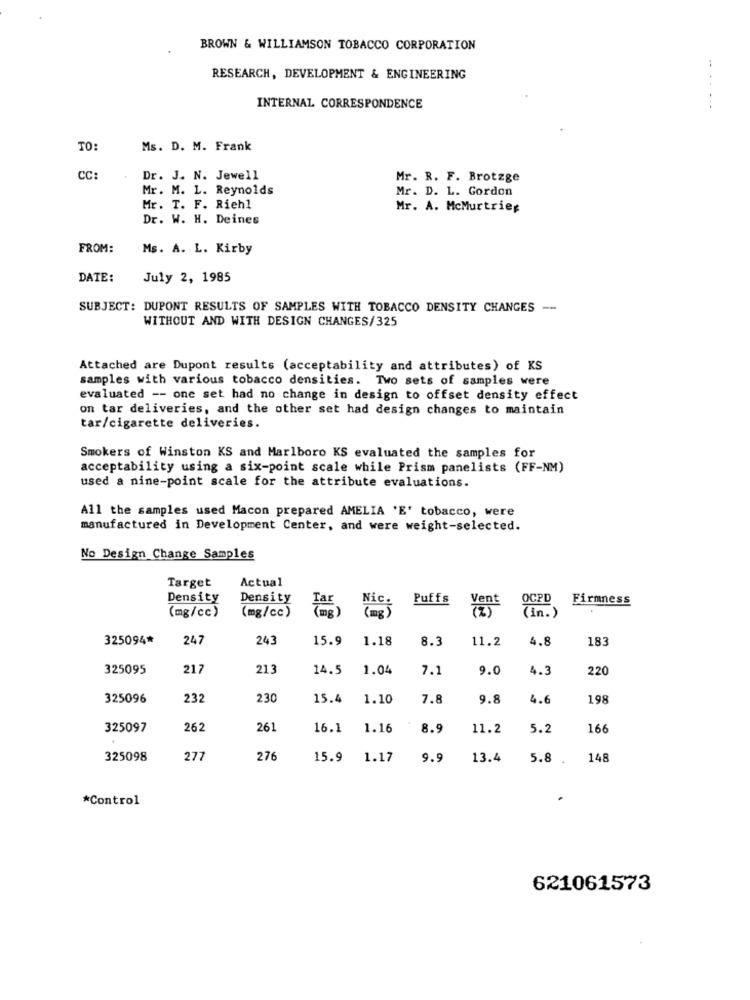
BROWN & WILLIAMSON TOBACCO CORPORATION
RESEARCH, DEVELOPMENT & ENGINEERING
:
INTERNAL CORRESPONDENCE
TO:
Ms. D. M. Frank
CC:
Dr. J. N. Jewell
Mr. R. F. Brotzge
Mr. M. L. Reynolds
Mr. D. L. Gordon
Mr. T. F. Riehl
Mr. A. McMurtries
Dr. W. H. Deines
FROM:
Ms. A. L. Kirby
DATE:
July 2, 1985
SUBJECT: DUPONT RESULTS OF SAMPLES WITH TOBACCO DENSITY CHANGES --
WITHOUT AND WITH DESIGN CHANGES/325
Attached are Dupont results (acceptability and attributes) of KS
samples with various tobacco densities. Two sets of samples were
evaluated -- one set had no change in design to offset density effect
on tar deliveries, and the other set had design changes to maintain
tar/cigarette deliveries.
Smokers of Winston KS and Marlboro KS evaluated the samples for
acceptability using a six-point scale while Prism panelists (FF-NM)
used a nine-point scale for the attribute evaluations.
All the samples used Macon prepared AMELIA 'E' tobacco, were
manufactured in Development Center, and were weight-selected.
No Design Change Samples
Target
Actual
Density
Density
Nic.
Puffs
Vent
OCPD
Firmness
(mg/cc)
(mg/cc)
(in.)
325094*
247
243
15.9
1.18
8.3
11.2
4.8
183
325095
217
213
14.5
1.04
7.1
9.0
4.3
220
325096
232
230
15.4
1.10
7.8
9.8
4.6
198
325097
262
261
16.1
1.16
8.9
11.2
5.2
166
325098
277
276
15.9
1.17
9.9
13.4
5.8
148
*Control
621061573